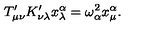
T _ { \mu \nu } ^ { \prime } K _ { \nu \lambda } ^ { \prime } x _ { \lambda } ^ { \alpha } = \omega _ { \alpha } ^ { 2 } x _ { \mu } ^ { \alpha } .